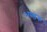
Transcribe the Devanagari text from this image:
भण्डक